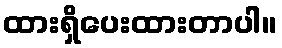
ထားရှိပေးထားတာပါ။